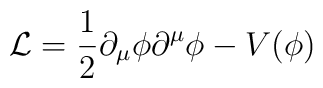
\mathcal{L}=\frac{1}{2}\partial_{\mu}\phi\partial^{\mu}\phi -V(\phi)